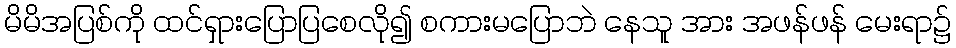
မိမိအပြစ်ကို ထင်ရှားပြောပြစေလို၍ စကားမပြောဘဲ နေသူ အား အဖန်ဖန် မေးရာ၌